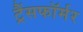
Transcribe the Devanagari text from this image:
ट्रैंसफॉर्मर